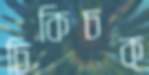
চিকিচক্